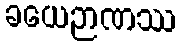
ခယေဉာဏဿ